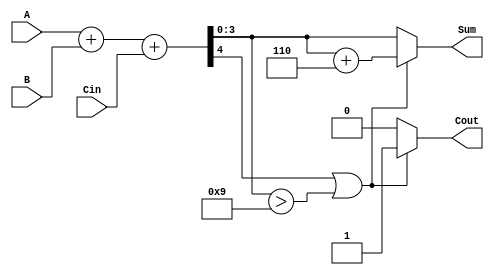
module BCD_Adder (
    input  wire [3:0] A,      // First BCD digit
    input  wire [3:0] B,      // Second BCD digit
    input  wire Cin,          // Carry-in
    output reg  [3:0] Sum,    // BCD sum output
    output reg  Cout          // Carry-out
);

    wire [4:0] R;             // 5-bit result for binary addition

    // Step 1: Perform binary addition
    assign R = A + B + Cin;

    // Step 2: BCD correction
    always @(*) begin
        if (R[4] || (R[3:0] > 4'd9)) begin
            // If R[4] is 1 (indicating overflow) or R[3:0] > 9, apply correction
            Sum = R[3:0] + 4'd6;  // Add 6 to correct the BCD
            Cout = 1;             // Set carry-out
        end else begin
            Sum = R[3:0];         // No correction needed
            Cout = 0;             // No carry-out
        end
    end

endmodule